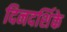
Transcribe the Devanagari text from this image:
दिनदर्शिके